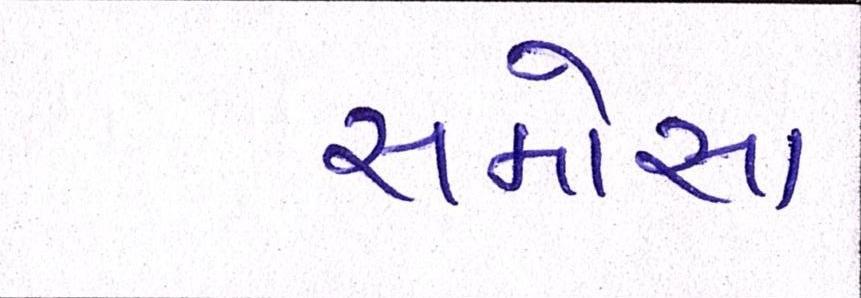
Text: સમોસા